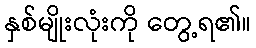
နှစ်မျိုးလုံးကို တွေ့ရ၏။